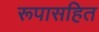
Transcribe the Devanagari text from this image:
रूपासहित